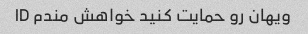
ویهان رو حمایت کنید خواهش مندم ID